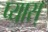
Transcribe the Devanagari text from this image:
प्यास्